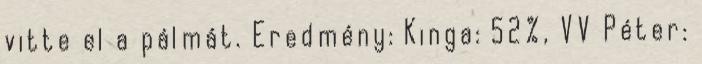
vitte el a pálmát. Eredmény: Kinga: 52%, VV Péter: